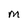
Character: M